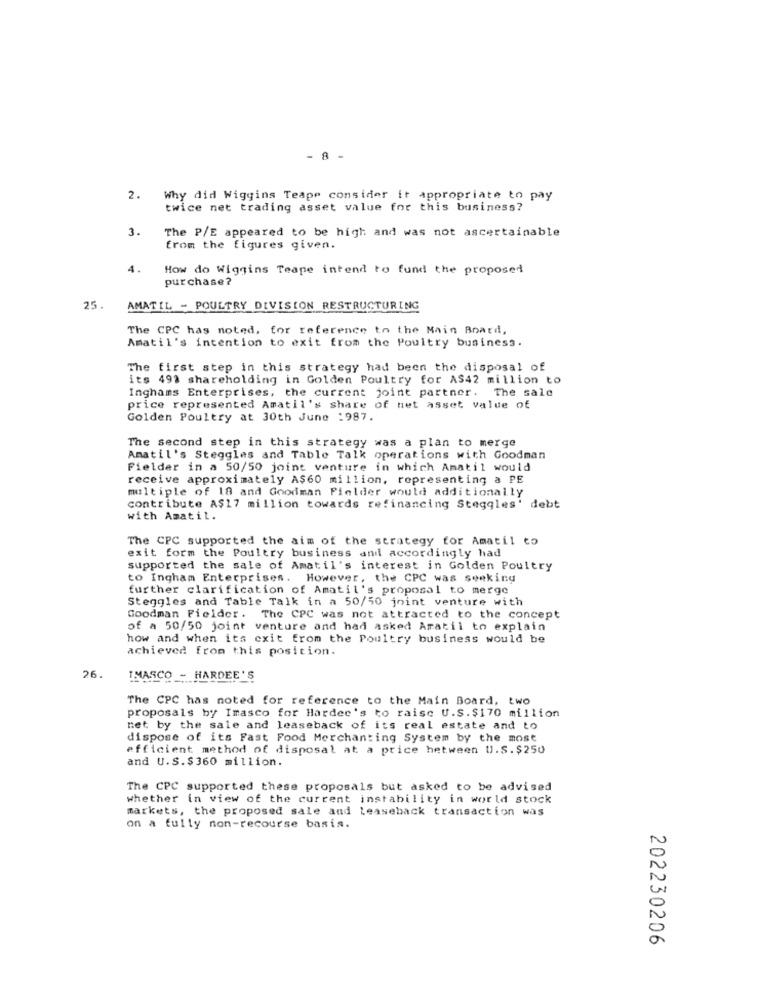
- 8 -
2.
Why did Wiggins Teape consider it appropriate to pay
twice net trading asset value for this business?
3.
The P/E appeared to be high and was not ascertainable
from the figures given.
4.
How do Wiggins Teape intend to fund the proposed
purchase?
25.
AMATIL - POULTRY DIVISION RESTRUCTURING
The CPC has noted, for reference to the Main Board,
Amatil's intention to exit from the Poultry business.
The first step in this strategy had been the disposal of
its 499 shareholding in Golden Poultry for AS42 million to
Inghams Enterprises, the current joint partner. The sale
price represented Amatil's share of net asset value of
Golden Poultry at 30th June :987.
The second step in this strategy was a plan to merge
Amatil's Steggles and Table Talk operations with Goodman
Fielder in a 50/50 joint venture in which Amatil would
receive approximately A$60 million, representing a PE
multiple of 18 and Goodman Pielder would additionally
contribute A$17 million towards refinancing Steggles' debt
with Amatil.
The CPC supported the aim of the strategy for Amatil to
exit form the Poultry business and accordingly had
supported the sale of Amatil's interest in Golden Poultry
to Ingham Enterprises. However, the CPC was seeking
further clarification of Amatil's proposal to merge
Steggles and Table Talk in a 50/50 joint venture with
Goodman Fielder. The CPC was not attracted to the concept
of a 50/50 joint venture and had asked Aratil to explain
how and when its exit from the Poultry business would be
achieved from this position.
26.
IMASCO - HARDEE'S
The CPC has noted for reference to the Main Board, two
proposals by Imasco for Hardee's to raise U.S.$170 million
net by the sale and leaseback of its real estate and to
dispose of its Fast Food Merchanting System by the most
efficient method of disposal at a price hetween U.S.$250
and U.S.$360 million.
The CPC supported these proposals but asked to be advised
whether in view of the current instability in world stock
markets, the proposed sale and Leaseback transaction was
on a fully non-recourse basis.
202230206